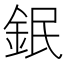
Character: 鈱